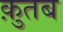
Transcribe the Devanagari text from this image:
क़ुतब